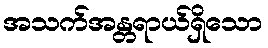
အသက်အန္တရာယ်ရှိသော